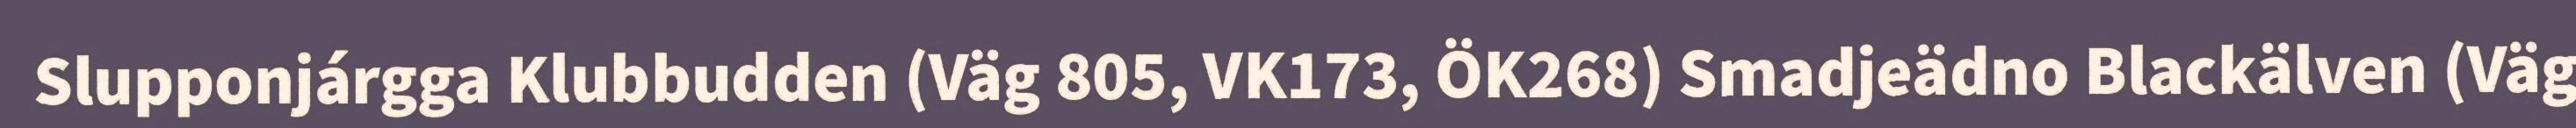
Slupponjárgga Klubbudden (Väg 805, VK173, ÖK268) Smadjeädno Blackälven (Väg